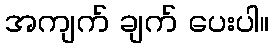
အကျက် ချက် ပေးပါ။